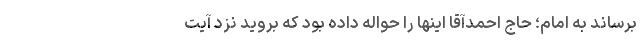
برساند به امام؛ حاج احمدآقا اینها را حواله داده بود که بروید نزد آیت